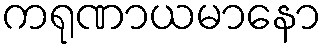
ကရုဏာယမာနော